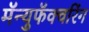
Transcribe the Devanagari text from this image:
मॅन्युफॅक्‍चरिंग